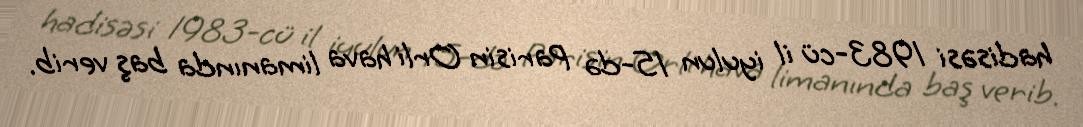
hadisəsi 1983-cü il iyulun 15-də Parisin Orli hava limanında baş verib.